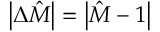
\left\vert \Delta \hat { M } \right\vert = \left\vert \hat { M } - 1 \right\vert